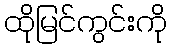
ထိုမြင်ကွင်းကို